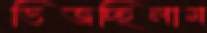
ভিজচ্ছিলাম